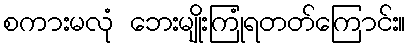
စကားမလုံ ဘေးမျိုးကြုံရတတ်ကြောင်း။